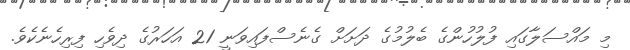
މި މައްސަލާގައި ފުލުހުންގެ ބެލުމުގެ ދަށަށް ގެނެސްފައިވަނީ 21 އަހަރުގެ ދިވެހި ފިރިހެނެކެވެ.